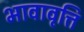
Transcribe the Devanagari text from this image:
भावावृत्ति